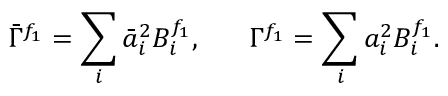
\bar { \Gamma } ^ { f _ { 1 } } = \sum _ { i } \bar { a } _ { i } ^ { 2 } B _ { i } ^ { f _ { 1 } } , \ \ \ \ \ \Gamma ^ { f _ { 1 } } = \sum _ { i } a _ { i } ^ { 2 } B _ { i } ^ { f _ { 1 } } .